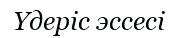
Үдеріс эссесі